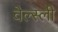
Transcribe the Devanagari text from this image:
वेल्स्ली